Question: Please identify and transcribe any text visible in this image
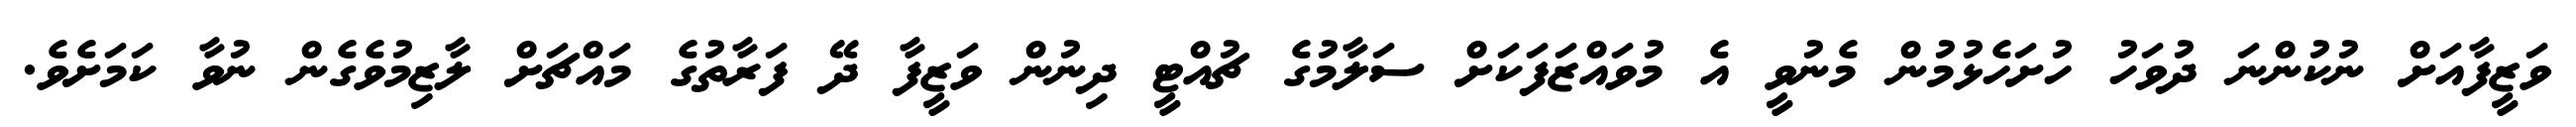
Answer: ވަޒީފާއަށް ނުކުންނަ ދުވަހު ހުށަހެޅުމުން މެނުވީ އެ މުވައްޒަފަކަށް ސަލާމުގެ ޗުއްޓީ ދިނުން ވަޒީފާ ދޭ ފަރާތުގެ މައްޗަށް ލާޒިމުވެގެން ނުވާ ކަމަށެވެ.